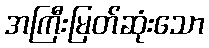
အကြီးမြတ်ဆုံးသော